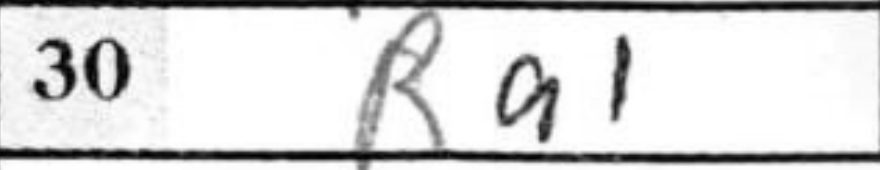
Transcription: Ra1